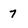
Character: 7